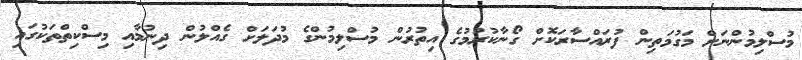
މުސްލިމުންނަށް މަގުމަތިން ފުރައްސާރަކޮށް ގޯނާކުރުމުގެ އިތުރުން މުސްލިމުންގެ މުދަލަށް ގެއްލުން ދިނުމާއި މިސްކިތްތަކުގައި